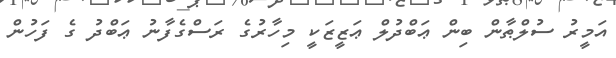
އަމީރު ސުލްޠާން ބިން ޢަބްދުލް ޢަޒީޒަކީ މިހާރުގެ ރަސްގެފާނު ޢަބްދު ގެ ފަހުން